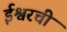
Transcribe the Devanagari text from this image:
ईश्वरची